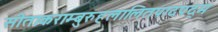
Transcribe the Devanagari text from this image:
सीताकराम्बुरुहलालितपादपद्म